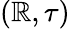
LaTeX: (\mathbb{R},\tau)